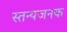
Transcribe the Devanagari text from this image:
स्तन्यजनक